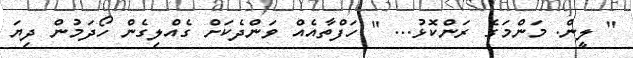
" ލީން. މަންމަގެ ރަންކޮޅު... " ހަފްތާއެއް ވަންދެކަށް ގެއްލިގެން ހޯދަމުން ދިޔަ